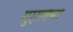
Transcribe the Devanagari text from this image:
गुएलमा